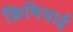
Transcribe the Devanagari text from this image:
क्रिमियाई